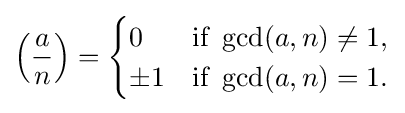
\left({\frac {a}{n}}\right)={\begin{cases}0&{\text{if }}\gcd(a,n)\neq 1,\\\pm 1&{\text{if }}\gcd(a,n)=1.\end{cases}}